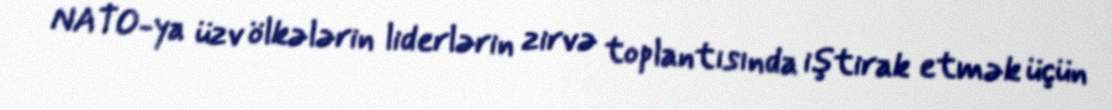
NATO-ya üzv ölkələrin liderlərin zirvə toplantısında iştirak etmək üçün